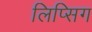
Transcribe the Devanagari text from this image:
लिप्सिग